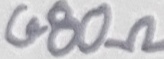
Text: 680Ω